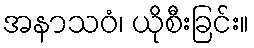
အနာသဝံ၊ ယိုစီးခြင်း။